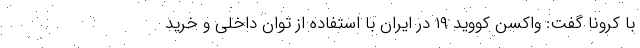
با کرونا گفت: واکسن کووید ١٩ در ایران با استفاده از توان داخلی و خرید